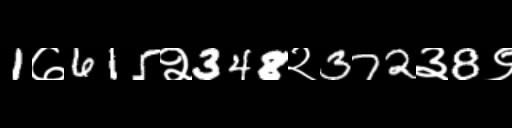
Text: 1७615२348२372३8९